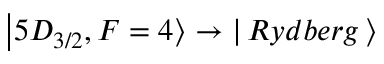
\ensuremath { \left\vert 5 D _ { 3 / 2 } , F = 4 \right\rangle } \rightarrow \ensuremath { \left\vert \, R y d b e r g \, \right\rangle }